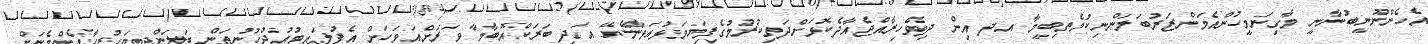
އެހެންނޫނީބުނާނީ މާގިނަމީހުންއެމަންޒަރުބަލަންނިކުމެތިބީމާ އދ އިން ދިވެހިރާއްޖެއާދެކޮޅަށްދަތިކުރުމުގެފިޔަވަޅުއަޅާނެޔޭ އަދި ބަރަކްއޮބާމާ ވަރަށްއަވަހަށް އެފުލައިޓުއުދުހުނުތަން ބަލަންދިޔަހުރިހާއެންމެނަށް